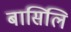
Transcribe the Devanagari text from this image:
बासिलि